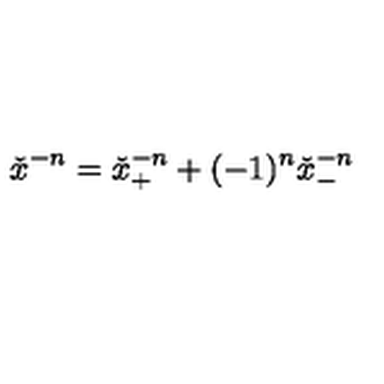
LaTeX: { \check { x } } ^ { - n } = { \check { x } } _ { + } ^ { - n } + ( - 1 ) ^ { n } { \check { x } } _ { - } ^ { - n }